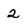
Character: 2